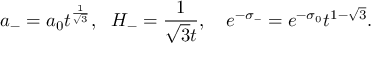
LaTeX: a _ { - } = a _ { 0 } t ^ { \frac { 1 } { \sqrt { 3 } } } , ~ ~ H _ { - } = \frac { 1 } { \sqrt { 3 } t } , ~ ~ ~ e ^ { - \sigma _ { - } } = e ^ { - \sigma _ { 0 } } t ^ { 1 - \sqrt { 3 } } .